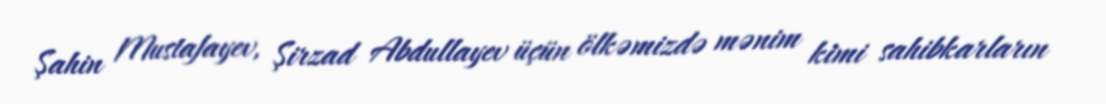
Şahin Mustafayev, Şirzad Abdullayev üçün ölkəmizdə mənim kimi sahibkarların